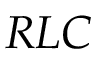
R L C